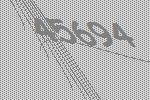
45694